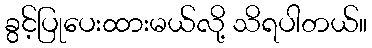
ခွင့်ပြုပေးထားမယ်လို့ သိရပါတယ်။